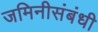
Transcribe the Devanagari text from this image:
जमिनीसंबंधी